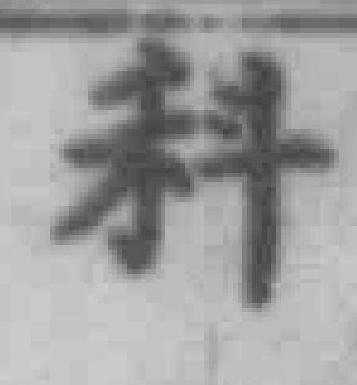
科